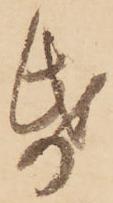
帋